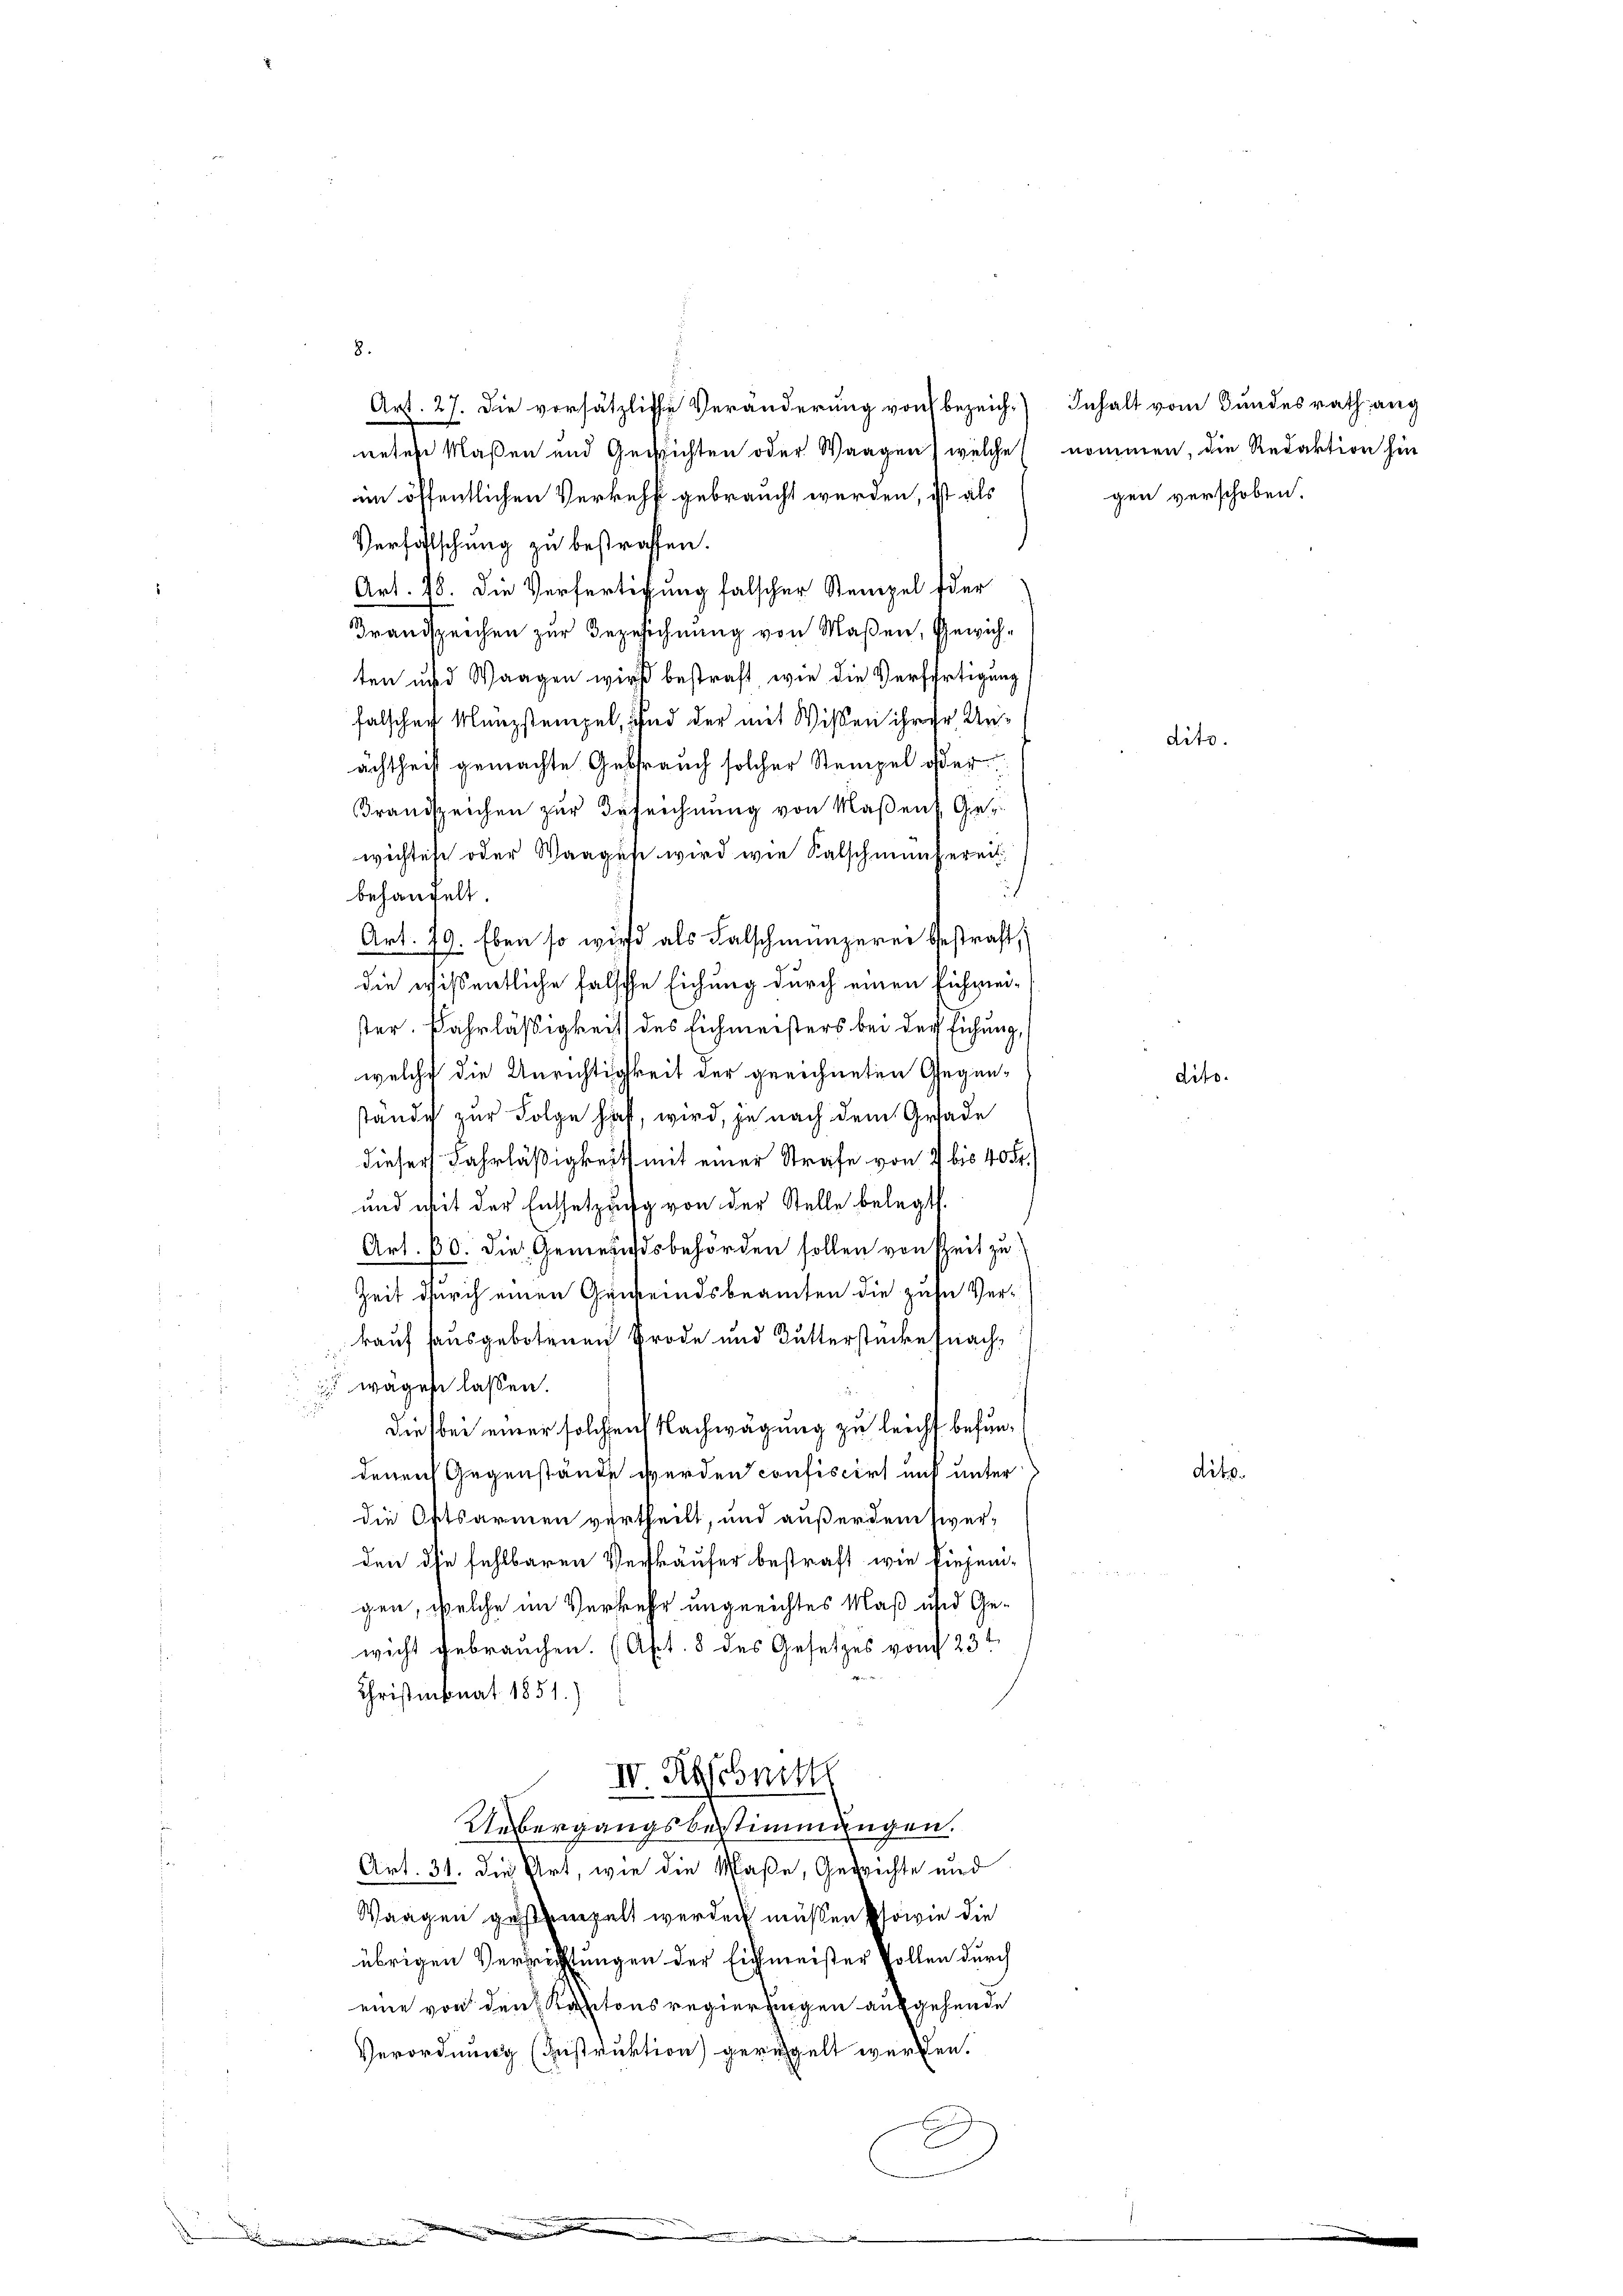
8.
Art. 27. Die vorsätzliche Veränderung von bezeich Inhalt vom Bundesrath ang
neten Maßen und Gerichten oder Waagen, welche nommen, die Redaktion hin
gen verschoben.
im öffentlichen Verkehr gebraucht werden, ist als
Verfalschung zu bestraffen.
s
Art. 18. Die Verfertigung falscher Stempel der
Grandspeichen zur Bezeichnung von Maßen, Gewichten und Waagen wird bestraft, wie die Verfertigung
falschen Münzstempel, und der mit Wissen ihrer Unächtheit gemachte Gebrauch solcher Stempel oder
Brandspeichen zur Erleichnung von Maßen Gewichtete oder Waagen wird wie Salschmanfereit
d
behaufelt.
Art. 79. Eben so wird als Falschmünzerer bestraft,
die wissentliche falsche Eichung durch einen Eichmei-
ster. Fahrläßigkeit des Eichmeisters bei der Eichung
welche die Unrichtigkeit der geeichneten Gegeni
ständig zur Folge haft, wird, je nach dem Grade
dieser Fahrläßigkeit mit einer Strafe von 7 bis 40 Fr.
und mit der Entsetzung von der Stelle belegt.
Art. 10. die Gemeindsbehörden sollen von Zeit zu
.
Zeit durch einen Gemeindsbeamten die zehn Verkauf ausgebotenen Brode und Butterstücke (nach¬
 wägen lassen.
die bei einer solchen Nachwägung zu leichst befundito.
deren Gegenstände werden confiscirt auf unter
die Oftsarmen vertheilt, und außerdem siver-
den die fehlbaren Verkäufer bestraft wie diejenigen, welche im Verkehr ungeeichtes Maß und Gewicht gebrauchen. (Apt. 8 des Gesetzes vom 23t
Christmonat 1851.)
IV. Abschnitt
Uebergangsbestimmungen.
Art. 31. die Art, wie die Maße, Gedrichte und
Waagen gestempelt werden müßen sowie die
übrigen Verrichtungen der Eichmeister sollen durch
eine von den Kantonsregierungen ausgehende
Verordnung (Instruktion geregelt werden.
.

.
eien in die

dito.

dito.